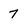
Character: 7